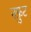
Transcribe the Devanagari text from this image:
नफ़ुट